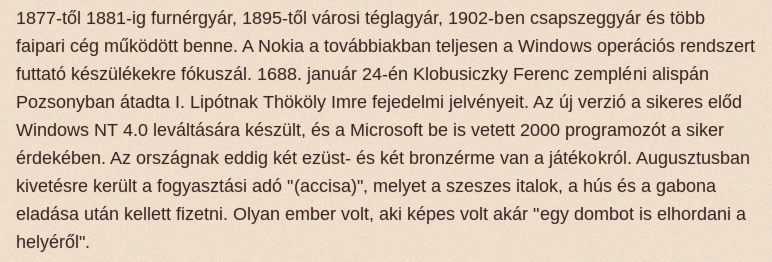
1877-től 1881-ig furnérgyár, 1895-től városi téglagyár, 1902-ben csapszeggyár és több faipari cég működött benne. A Nokia a továbbiakban teljesen a Windows operációs rendszert futtató készülékekre fókuszál. 1688. január 24-én Klobusiczky Ferenc zempléni alispán Pozsonyban átadta I. Lipótnak Thököly Imre fejedelmi jelvényeit. Az új verzió a sikeres előd Windows NT 4.0 leváltására készült, és a Microsoft be is vetett 2000 programozót a siker érdekében. Az országnak eddig két ezüst- és két bronzérme van a játékokról. Augusztusban kivetésre került a fogyasztási adó "(accisa)", melyet a szeszes italok, a hús és a gabona eladása után kellett fizetni. Olyan ember volt, aki képes volt akár "egy dombot is elhordani a helyéről".